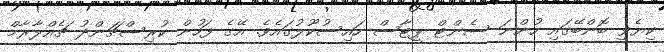
ކިޔެވީ ބޮންބޭގައި ހުންނަ ސެންޓް ޕީޓާސް ހައިސުކޫލުގައެވެ. އޭގެ ފަހުން ކުރިސްޗަންދު ޗެއްލާރާމް